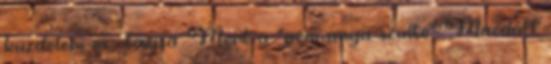
küzdelem ex- tázisa. Mert a "nem anya szülte" Macduff